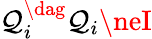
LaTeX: \mathcal{Q}_{i}^{\dag}\mathcal{Q}_{i}\neI